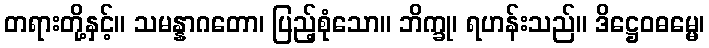
တရားတို့နှင့်။ သမန္နာဂတော၊ ပြည့်စုံသော။ ဘိက္ခု၊ ရဟန်းသည်။ ဒိဋ္ဌေဝဓမ္မေ၊